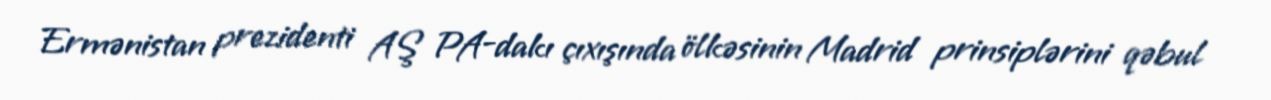
Ermənistan prezidenti AŞ PA-dakı çıxışında ölkəsinin Madrid prinsiplərini qəbul